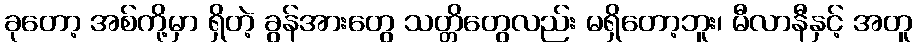
ခုတော့ အစ်ကို့မှာ ရှိတဲ့ ခွန်အားတွေ သတ္တိတွေလည်း မရှိတော့ဘူး၊ မီလာနီနှင့် အတူ